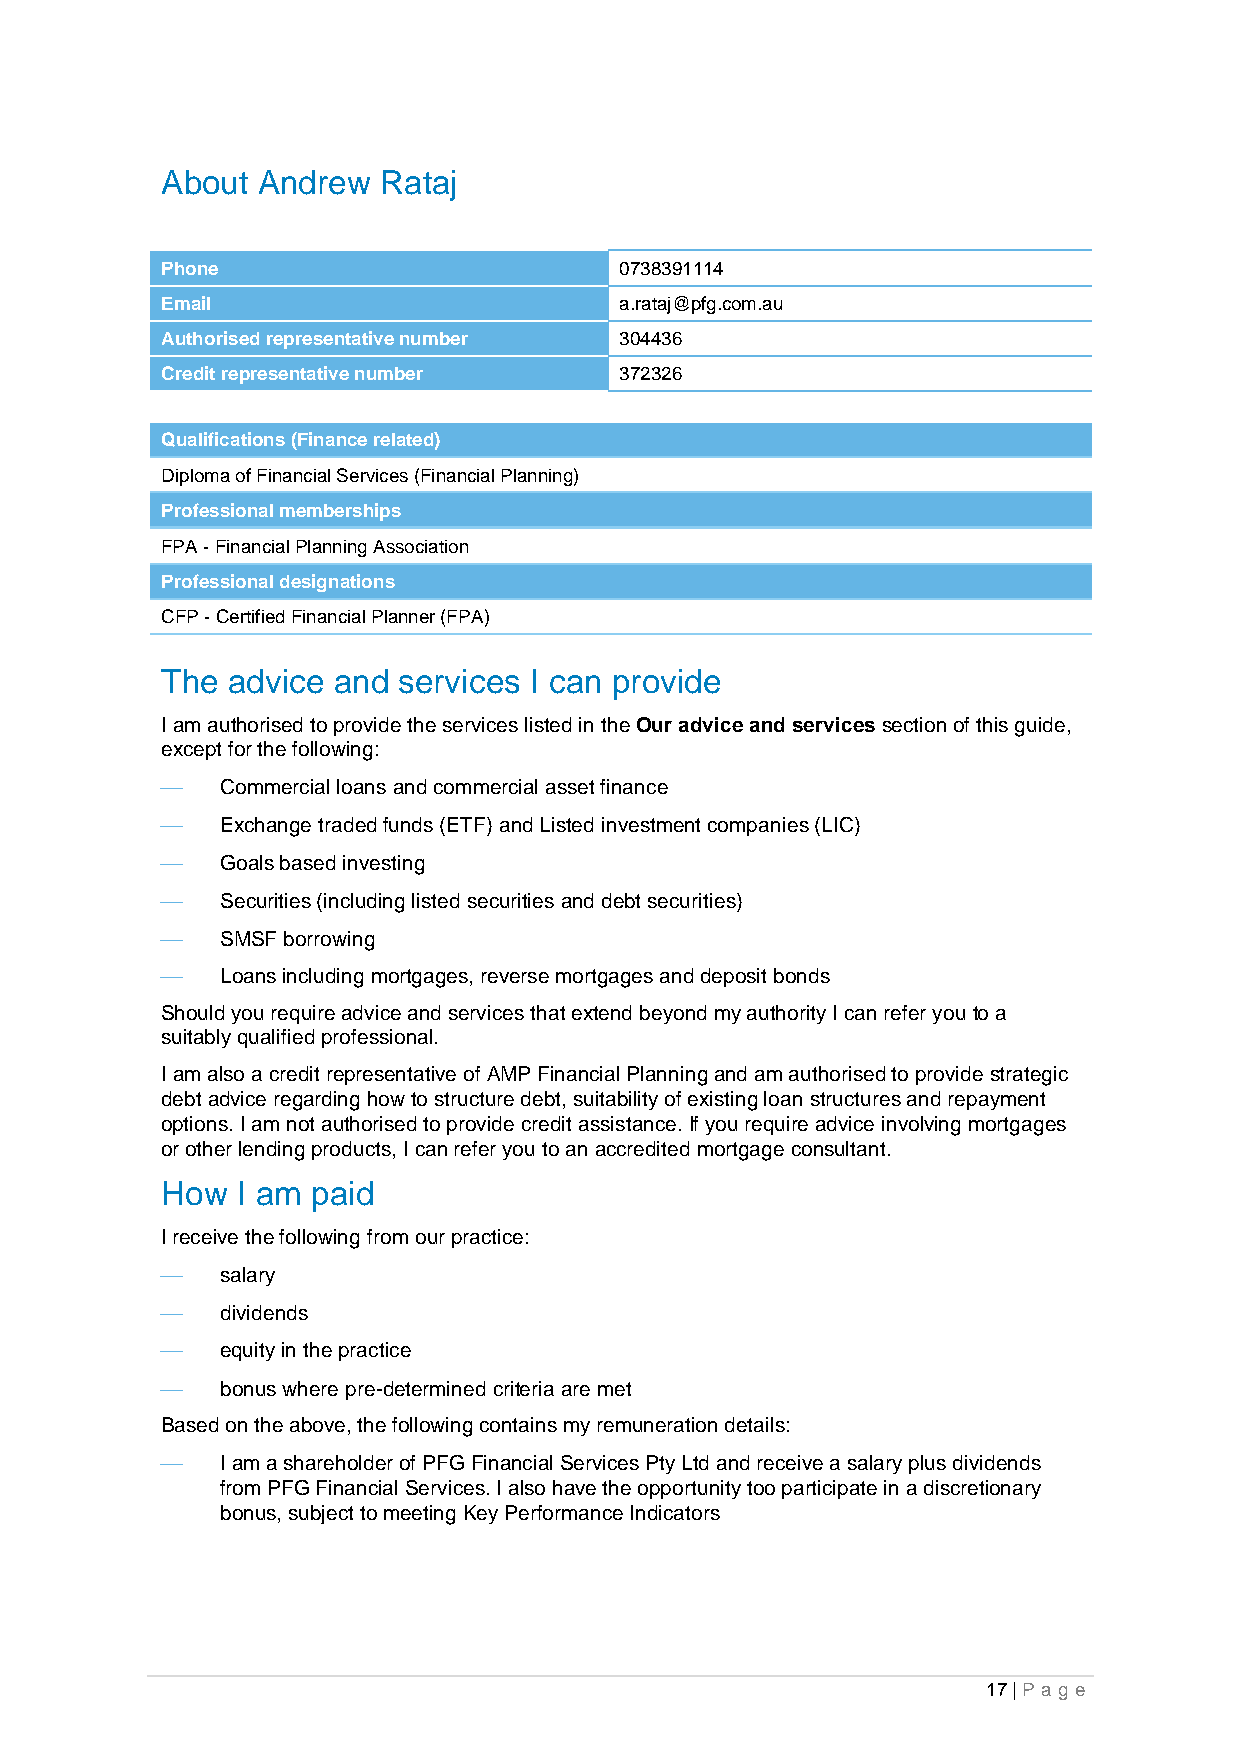
About Andrew  Rataj
 Phone                         0738391114
 Email                         a.rataj@pfg.com.au
 Authorised representative number 304436
 Credit representative number  372326
 Qualifications (Finance related)
 Diploma of Financial Services (Financial Planning)
 Professional memberships
 FPA - Financial Planning Association
 Professional designations
 CFP - Certified Financial Planner (FPA)
 The advice and services I can provide
 I am authorised to provide the services listed in the Our advice and services section of this guide,
 except for the following:
 ⎯   Commercial loans and commercial asset finance
 ⎯   Exchange traded funds (ETF) and Listed investment companies (LIC)
 ⎯   Goals based investing
 ⎯   Securities (including listed securities and debt securities)
 ⎯   SMSF borrowing
 ⎯   Loans including mortgages, reverse mortgages and deposit bonds
 Should you require advice and services that extend beyond my authority I can refer you to a
 suitably qualified professional.
 I am also a credit representative of AMP Financial Planning and am authorised to provide strategic
 debt advice regarding how to structure debt, suitability of existing loan structures and repayment
 options. I am not authorised to provide credit assistance. If you require advice involving mortgages
 or other lending products, I can refer you to an accredited mortgage consultant.
 How  I am paid
 I receive the following from our practice:
 ⎯   salary
 ⎯   dividends
 ⎯   equity in the practice
 ⎯   bonus where pre-determined criteria are met
 Based on the above, the following contains my remuneration details:
 ⎯   I am a shareholder of PFG Financial Services Pty Ltd and receive a salary plus dividends
 from PFG Financial Services. I also have the opportunity too participate in a discretionary
 bonus, subject to meeting Key Performance Indicators
 17 | Pa g e